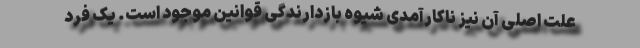
علت اصلی آن نیز ناکارآمدی شیوه بازدارندگی قوانین موجود است. یک فرد